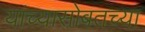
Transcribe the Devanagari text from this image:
यांच्यासोबतच्या